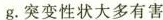
g。突变性状大多有害